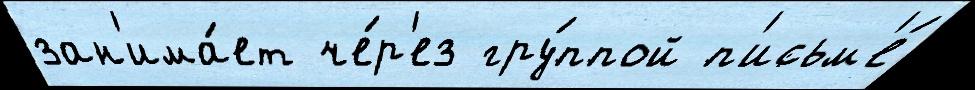
зан'има́ет че́р'ез гру́ппой п'исьм'е́